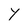
Character: Y